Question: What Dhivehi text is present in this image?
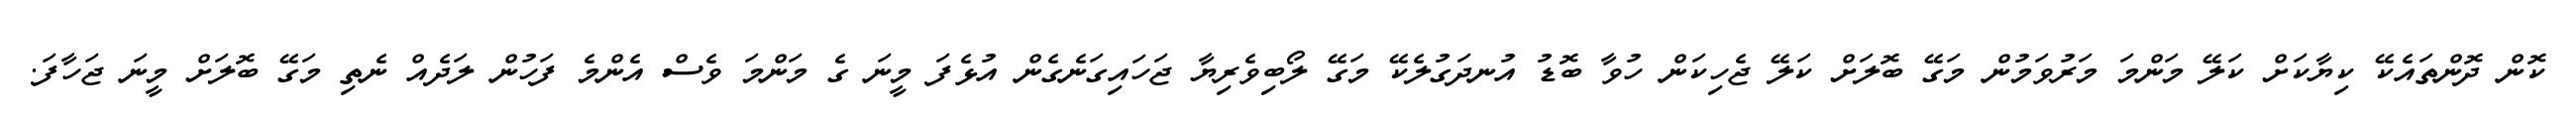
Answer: ކޮން ދޮންތައެކޭ ކިޔާކަށް ކަލޭ މަންމަ މަރުވަމުން މަގޭ ބޮލަށް ކަލޭ ޖެހިކަން ހުވާ ބޮޑު އުނދަގުލެކޭ މަގޭ ލޯބިވެރިޔާ ޖަހައިގަނެގެން އުޅެފަ މީނަ ގެ މަންމަ ވެސް އެންމެ ފަހުން ލަދެއް ނެތި މަގޭ ބޮލަށް މީނަ ޖަހާފަ.